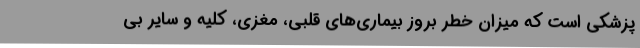
پزشکی است که میزان خطر بروز بیماری‌های قلبی، مغزی، کلیه و سایر بی